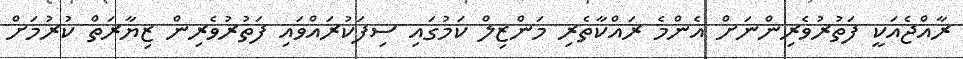
ރާއްޖެއަކީ ފަތުރުވެރިންނަށް އެންމެ ރައްކާތެރި މަންޒިލް ކަމުގައި ސިފަކުރައްވައި ފަތުރުވެރިން ޒިޔާރަތް ކުރުމަށް